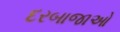
દરબાજાઓ